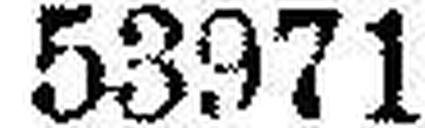
53971